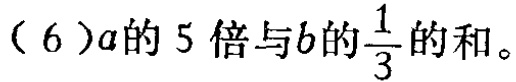
$(6)5a + \frac{1}{3}b$